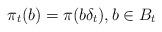
LaTeX: \begin{align*}\pi_t(b)=\pi(b\delta_t),b\in B_t\end{align*}